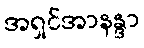
အရှင်အာနန္ဒာ